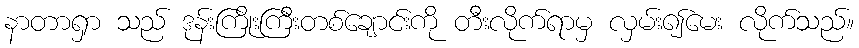
နာတာရှာ သည် ဒုန်းကြိုးကြီးတစ်ချောင်းကို တီးလိုက်ရာမှ လှမ်း၍မေး လိုက်သည်။